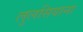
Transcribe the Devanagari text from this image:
लुलसियाना